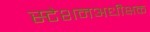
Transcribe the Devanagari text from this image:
स्टेशनअधीक्षक